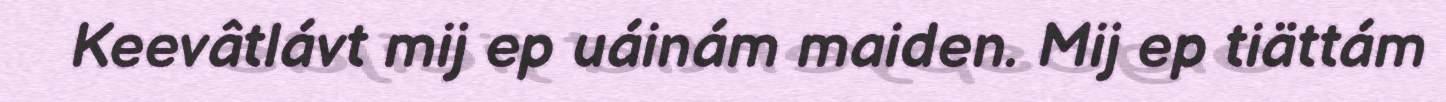
Keevâtlávt mij ep uáinám maiden. Mij ep tiättám